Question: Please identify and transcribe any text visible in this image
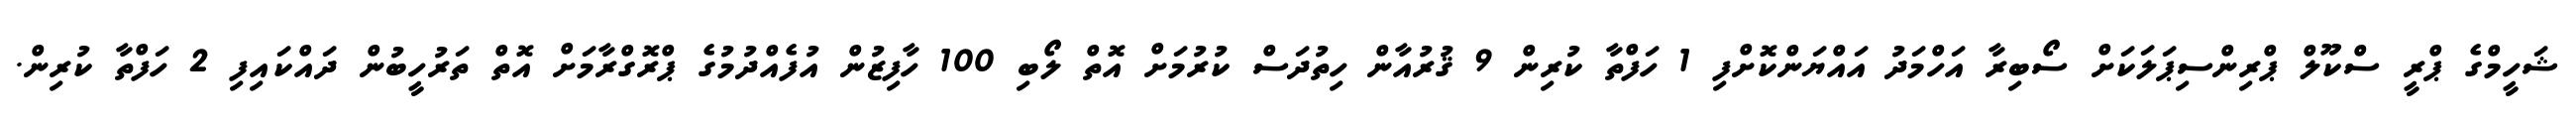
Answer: ޝަހީމްގެ ޕްރީ ސްކޫލް ޕްރިންސިޕަލަކަށް ސޯބިރާ އަހްމަދު އައްޔަންކޮށްފި 1 ހަފްތާ ކުރިން 9 ޤުރުއާން ހިތުދަސް ކުރުމަށް އޮތް ލޯބި 100 ހާފިޒުން އުފެއްދުމުގެ ޕްރޮގްރާމަށް އޮތް ތަރުހީބުން ދައްކައިފި 2 ހަފްތާ ކުރިން.